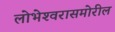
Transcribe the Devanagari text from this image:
लोभेश्‍वरासमोरील